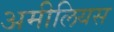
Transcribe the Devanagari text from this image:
अमीलियस